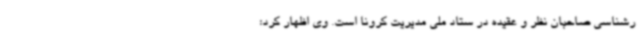
رشناسی صاحبان نظر و عقیده در ستاد ملی مدیریت کرونا است. وی اظهار کرد: